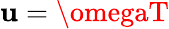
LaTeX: \mathbf{u}=\omegaT